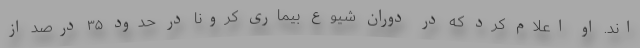
اند. او اعلام کرد که در دوران شیوع بیماری کرونا در حدود ۳۵ درصد از